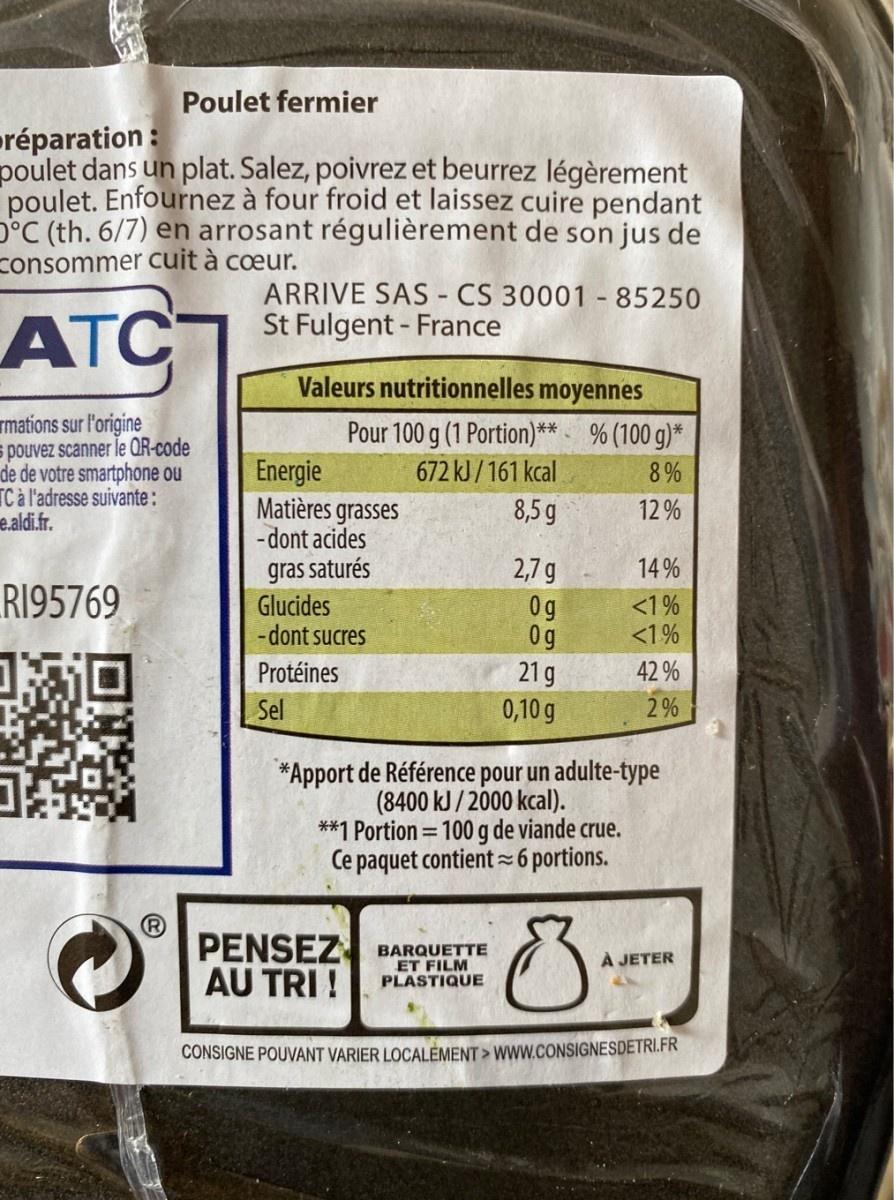
Poulet fermier préparation : poulet dans un plat. Salez, poivrez et beurrez légèrement poulet. Enfournez à four froid et laissez cuire pendant D°C (th. 6/7) en arrosant régulièrement de son jus de consommer cuit à coeur. ARRIVE SAS - CS 30001 - 85250 St Fulgent - France ATC Valeurs nutritionnelles moyennes rmations sur l'origine s pouvez scanner le QR-code de de votre smartphone ou TC à l'adresse suivante: e.aldi.fr. Pour 100 g (1 Portion)* % (100 g)* Energie Matières grasses - dont acides 672 kJ / 161 kcal 8 % 8,5 g 12 % gras saturés Glucides -dont sucres 2,7 g 14 % RI95769 0g 0g 21 g <1% <1% Protéines 42 % Sel 0,10 g 2% *Apport de Référence pour un adulte-type (8400 kJ/ 2000 kcal). **1 Portion = 100 g de viande crue. Ce paquet contient =6 portions. %3D PENSEZ BARQUETTE AU TRI ! À JETER ET FILM PLASTIQUE CONSIGNE POUVANT VARIER LOCALEMENT > WWW.CONSIGNESDETRI.FR